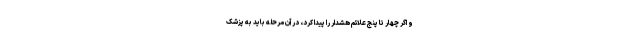
و اگر چهار تا پنج علائم هشدار را پیدا کرد، در آن مرحله باید به پزشک